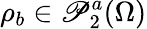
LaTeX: \rho_{b}\in\mathscr{P}_{2}^{a}(\Omega)